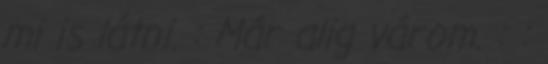
mi is látni. : Már alig várom. : :